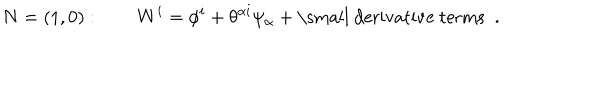
N = ( 1 , 0 ) : \qquad W ^ { i } = \phi ^ { i } + \theta ^ { \alpha i } \psi _ { \alpha } + \mathrm { \small ~ d e r i v a t i v e ~ t e r m s ~ } \; .